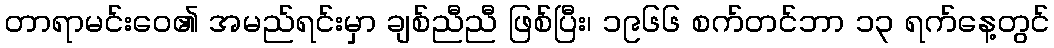
တာရာမင်းဝေ၏ အမည်ရင်းမှာ ချစ်ညီညီ ဖြစ်ပြီး၊ ၁၉၆၆ စက်တင်ဘာ ၁၃ ရက်နေ့တွင်